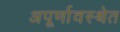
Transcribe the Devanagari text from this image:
अपूर्णावस्थेत